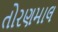
તોરણમાલ